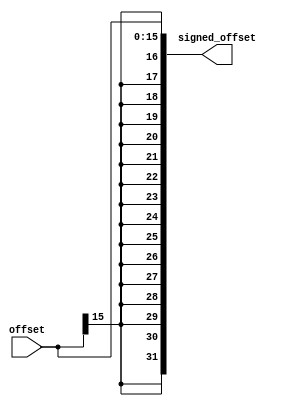
module sign_extender
(
  input wire [15:0]offset,
  output wire [31:0]signed_offset

  );

  reg [31:0] extended;

always @(offset) begin
  
  extended[15:0] = offset[15:0];
  extended[31:16] = {16{offset[15]}};
    end
  
  assign signed_offset = extended;
    
endmodule